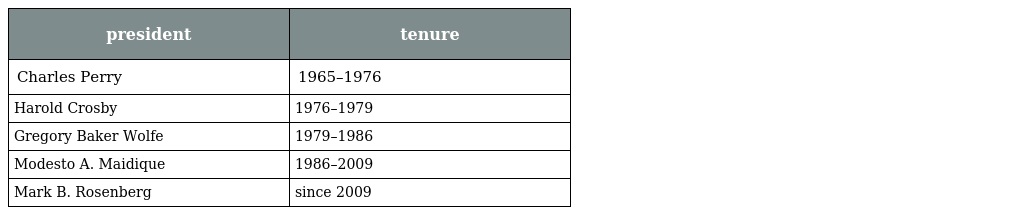
| president | tenure |
 | --- | --- |
 | Charles Perry | 1965–1976 |
 | Harold Crosby | 1976–1979 |
 | Gregory Baker Wolfe | 1979–1986 |
 | Modesto A. Maidique | 1986–2009 |
 | Mark B. Rosenberg | since 2009 |